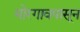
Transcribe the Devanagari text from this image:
मोरगावपासून